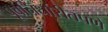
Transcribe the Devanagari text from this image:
पूर्वनिर्धारीतपणे